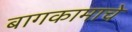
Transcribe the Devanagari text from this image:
बागकामाचे